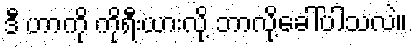
ဒီ ဟာကို ကိုရီးယားလို့ ဘာလို့ခေါ်ပါသလဲ။